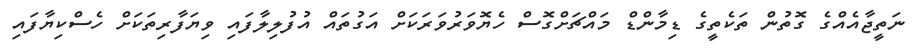
ނަތީޖާއެއްގެ ގޮތުން ތަކެތީގެ ޑިމާންޑް މައްޗަށްގޮސް ހެޔޮވަރުވަރަކަށް އަގުތައް އުފުލިލާފައި ވިޔަފާރިތަކަށް ހެސްކިޔާފައި